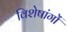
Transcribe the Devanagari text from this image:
विशेषांगों